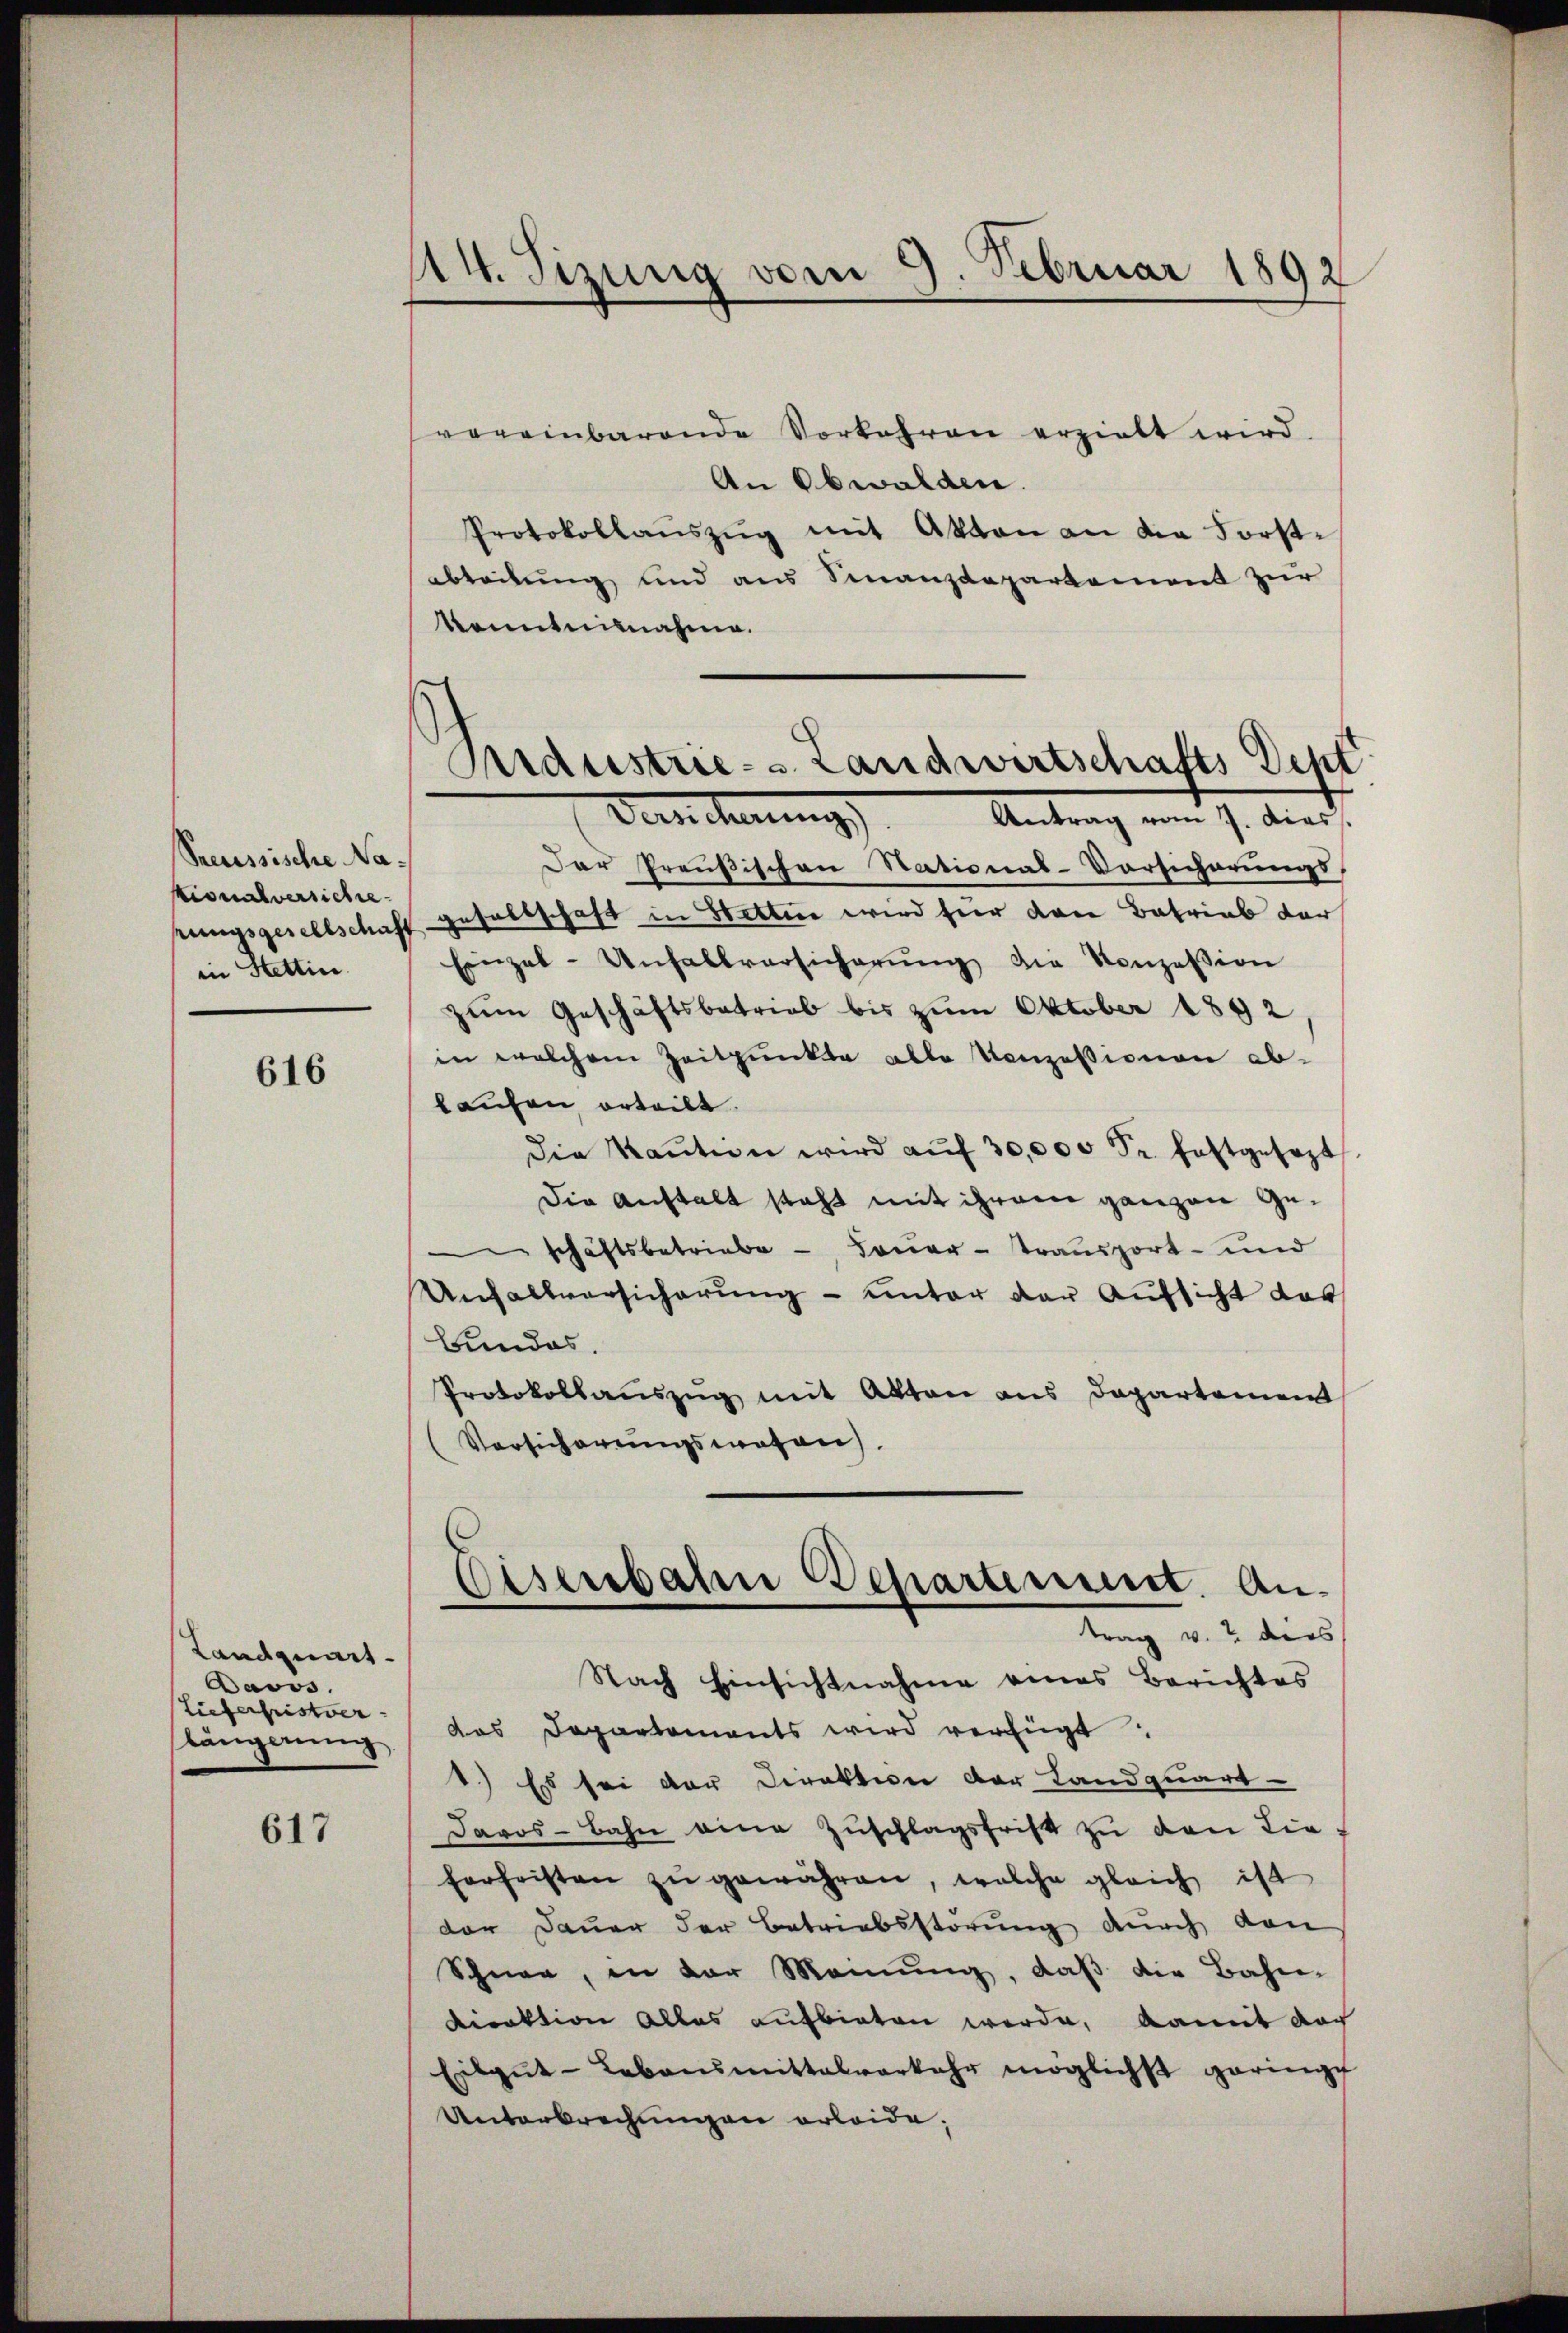
Secussische Nakionalversichte.
in Stettin.

616

Landquart.
Davos.
Lieferfristver
längerung

617

14. Sizung vom 9. Februar 1892

Aidustrie- Landwirtschafts Dept
Versicherung
Antrag vom 7. dies

vereinbarende Vorkehren erzielt wird
An Obwalden.
Protokollaŭszŭg mit Akten an die Forstabteilung und aus Sinanzdepartement zur
kanntnisnahme.
Der Preußischen Stational-Vorsicherungs
rungsgesellschaft gesaltschaft in Stetten wird hier von Betrieb der
Einzel-Unfallversicherŭng die Konzession
zum Geschäftsbetrieb bis zum Oktober 1892
in welchem Zeitpunkte alle Konzessionen ab-
laufen erteilt.
die Kaŭtion wird aŭf 30,000 Fr. festgesezt
Die Anstalt steht mit ihrem ganzen Geeschäftsbetriebe - daŭer-Transport- und
Unfallversicherung – unter der Aufsicht dar
Bundes.
Protokollauszug mit Akten aus Departemen
(Versicherungswesen.
Osenbahn Departement. Antrag v. 2 dies
Nach Einsichtnahme eines Berichtes
das Departements wird verfügt
1.) Es sei der Direktion der Landquart
Davos- Bahn eine Zŭschlagsfrist zŭ den Lie-
ferheisten zŭ gewähren, welche gleich ist
der Dauer der Betriebsstörung durch dan
Schnee, in der Meinung, daß die Bahn-
Direktion alles aufbieten werde, damit doch
Eilgŭt-Lebensmittalverkehr möglichst geringe
Unterbrechungen erleide.